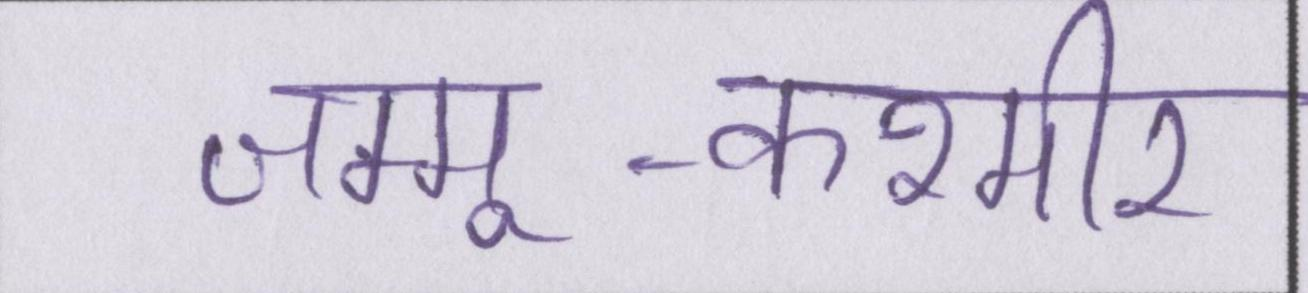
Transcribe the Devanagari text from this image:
जम्मू-कश्मीर